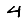
Digit: 4